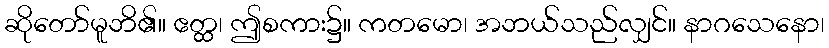
ဆိုတော်မူဘိ၏။ ဧတ္ထ၊ ဤစကား၌။ ကတမော၊ အဘယ်သည်လျှင်။ နာဂသေနော၊